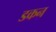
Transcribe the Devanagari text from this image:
डकन